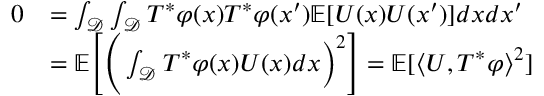
\begin{array} { r l } { 0 } & { = \int _ { \mathcal { D } } \int _ { \mathcal { D } } T ^ { * } \varphi ( x ) T ^ { * } \varphi ( x ^ { \prime } ) \mathbb { E } [ U ( x ) U ( x ^ { \prime } ) ] d x d x ^ { \prime } } \\ & { = \mathbb { E } \Bigg [ \Bigg ( \int _ { \mathcal { D } } T ^ { * } \varphi ( x ) U ( x ) d x \Big ) ^ { 2 } \Bigg ] = \mathbb { E } [ \langle U , T ^ { * } \varphi \rangle ^ { 2 } ] } \end{array}